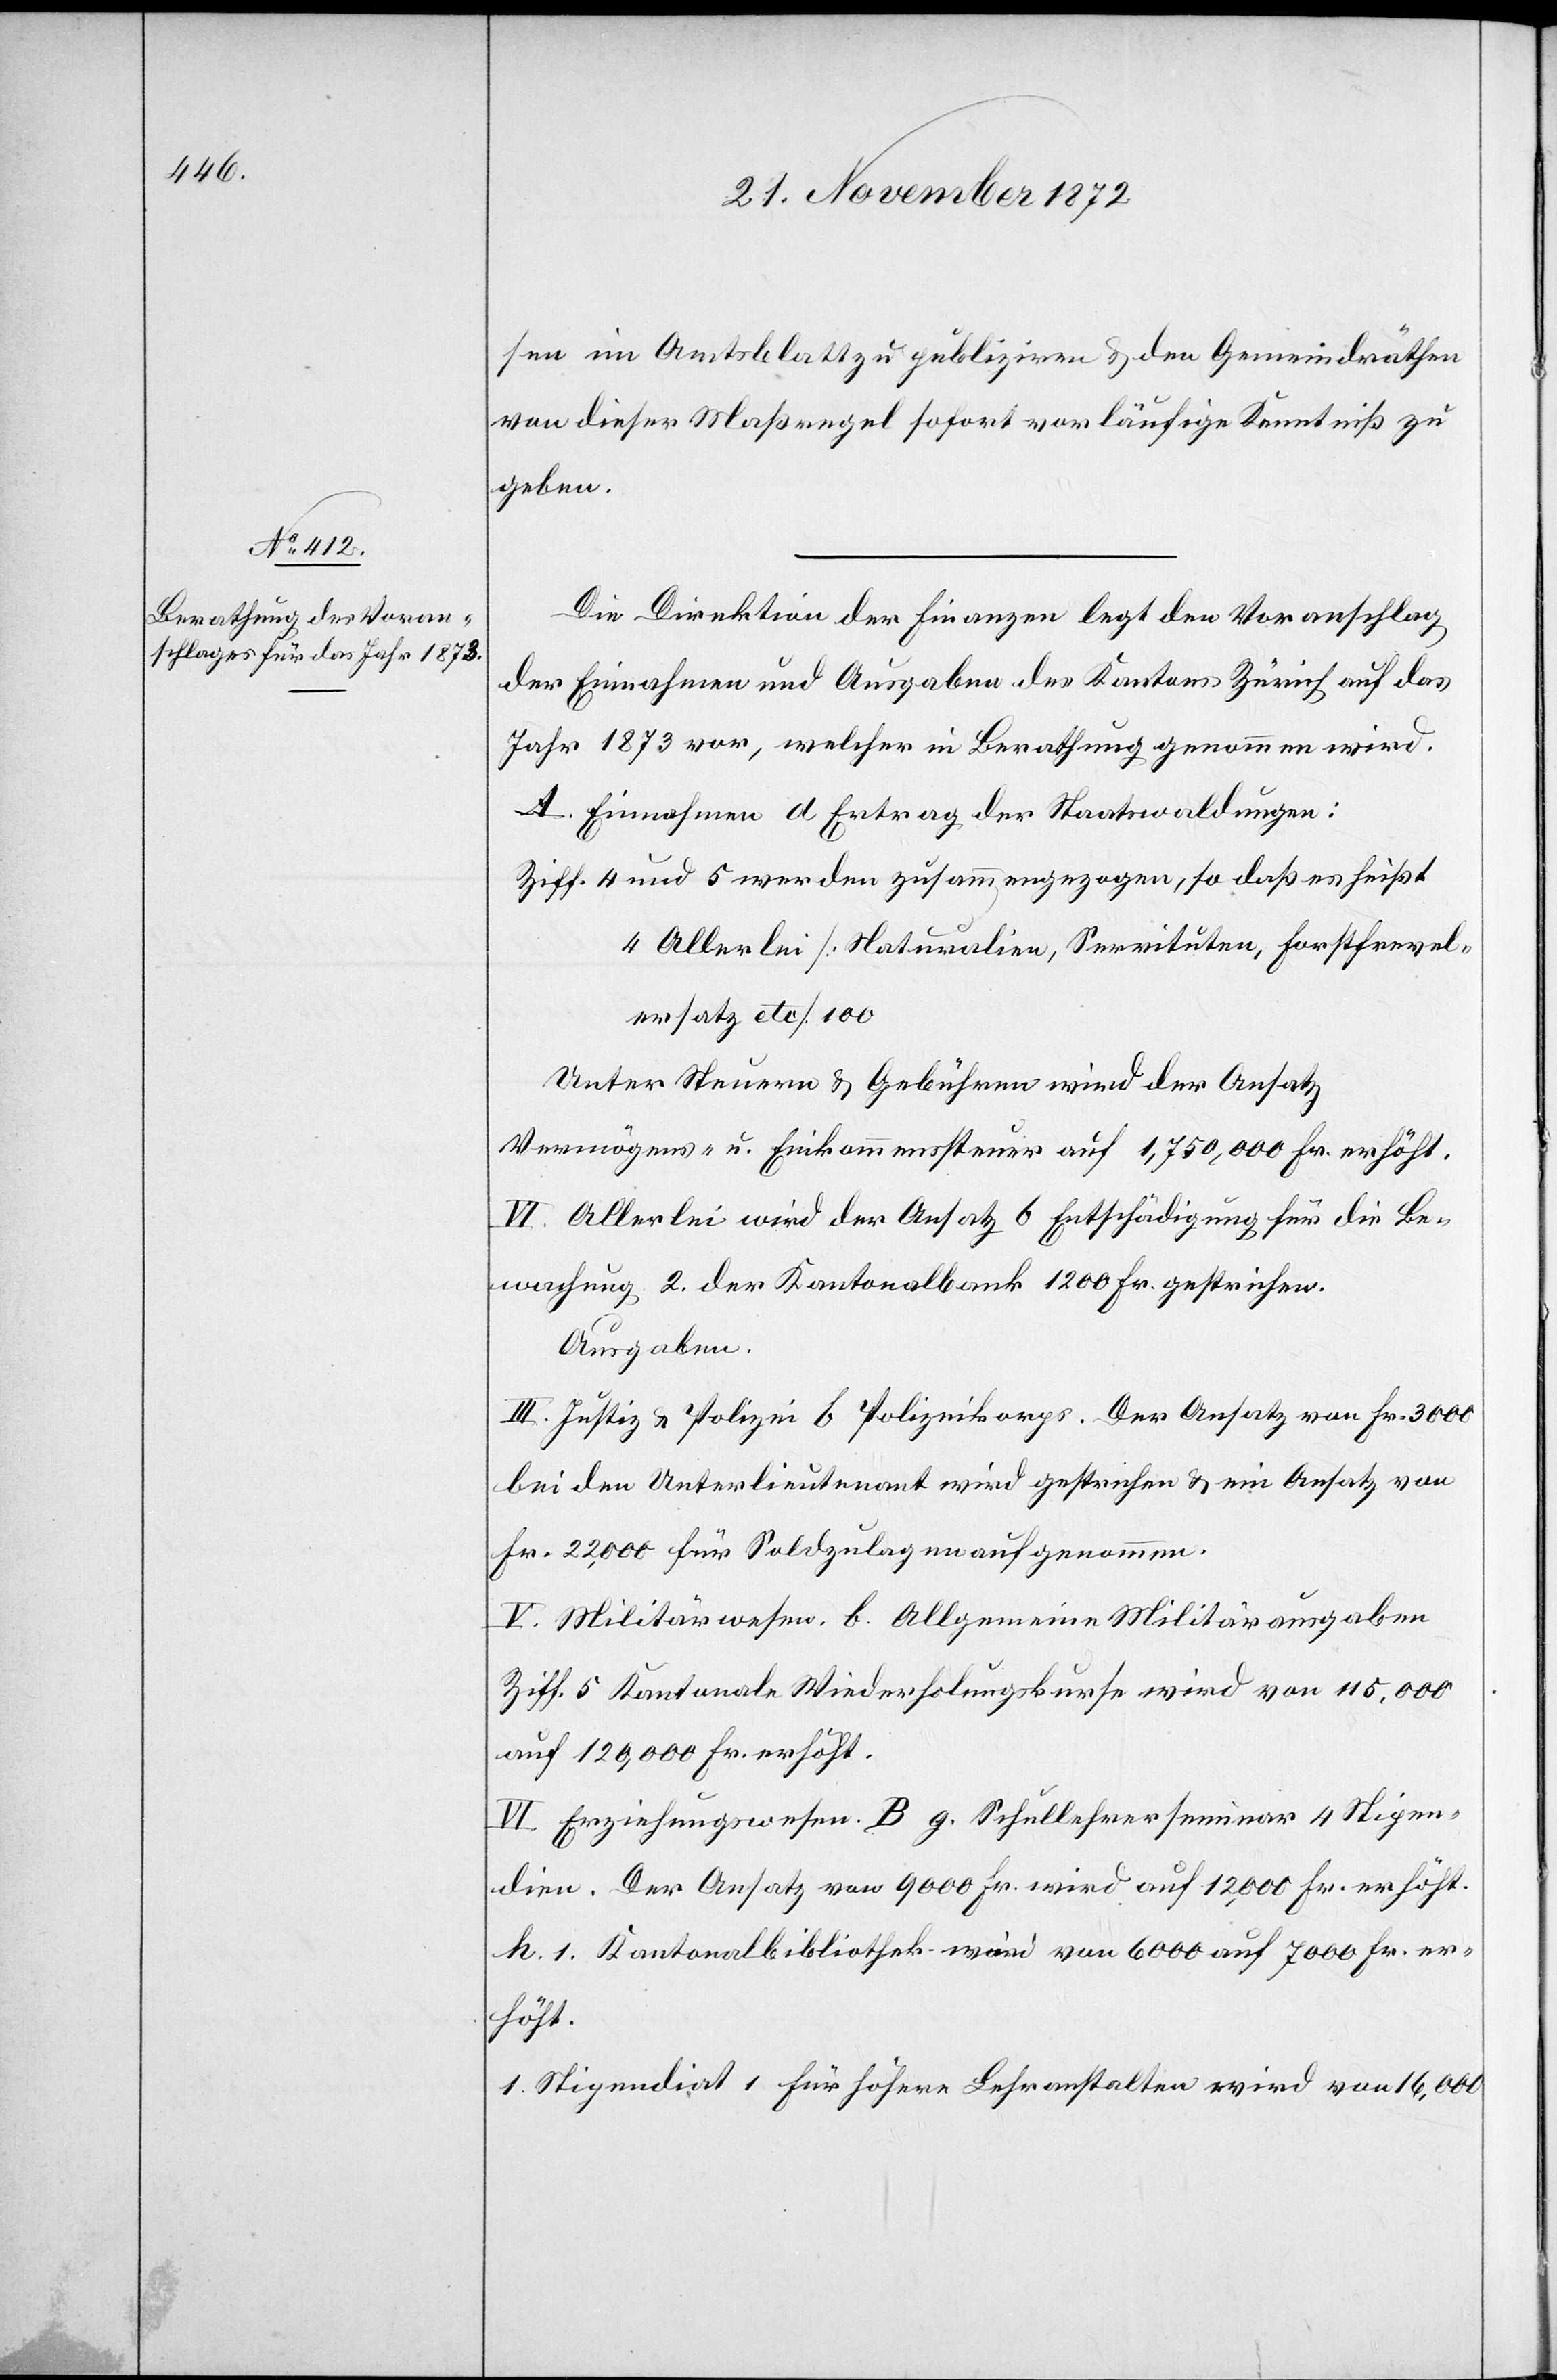
sen [,] im Amtsblatt zu publiziren u. den Gemeindräthen
von dieser Maßregel sofort vorläufige Kenntniß zu
geben.
Die Direktion der Finanzen legt den Voranschlag
der Einnahmen und Ausgaben des Kantons Zürich auf das
Jahr 1873 vor, welcher in Berathung genommen wird.
A. Einnahmen d Ertrag der Staatswaldungen:
Ziff. 4 und 5 werden zusammengezogen, so daß es heißt
4 Allerlei [Naturalien, Servituten, Forstfrevel¬
ersatz etc.] 100
Unter Steuern u. Gebühren wird der Ansatz
Vermögens- u. Einkommenssteuer auf 1,750,000 Fr. erhöht.
VI. Allerlei wird der Ansatz b Entschädigung für die Be¬
wachung 2. der Kantonalbank 1200 Fr. gestrichen.
Ausgaben.
III. Justiz u. Polizei b Polizeikorps. Der Ansatz von Fr. 3000
bei den Unterlieutenant wird gestrichen u. ein Ansatz von
Fr. 22,000 für Soldzulagen aufgenommen.
V. Militärwesen. b. Allgemeine Militärausgaben
Ziff. 5 Kantonale Wiederholungskurse wird von 115,000
auf 120,000 Fr. erhöht.
VI. Erziehungswesen B g. Schullehrerseminar 4 Stipen¬
dien. Der Ansatz von 9000 Fr. wird auf 12,000 Fr. erhöht.
h. 1. Kantonalbibliothek wird von 6000 auf 7000 Fr. er¬
höht.
1. Stipendiat 1 für höhere Lehranstalten wird von 16,000